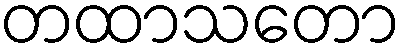
တထာသတော